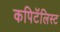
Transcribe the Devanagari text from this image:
कपिटॅलिस्ट